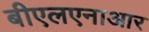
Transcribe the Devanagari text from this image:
बीएलएनाआर